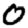
Digit: 0